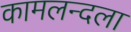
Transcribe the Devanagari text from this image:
कामलन्दला